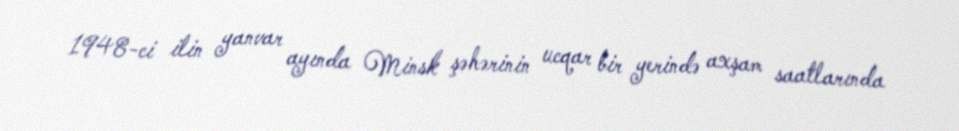
1948-ci ilin yanvar ayında Minsk şəhərinin ucqar bir yerində axşam saatlarında